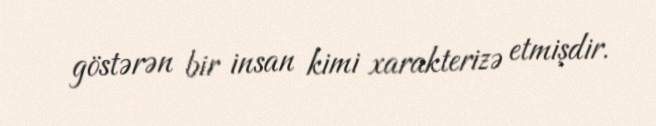
göstərən bir insan kimi xarakterizə etmişdir.